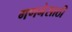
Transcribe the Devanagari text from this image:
गणनेसाठी